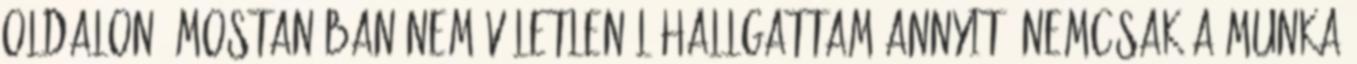
oldalon. Mostanában nem véletlenül hallgattam annyit. Nemcsak a munka